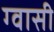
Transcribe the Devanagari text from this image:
ग्वासी